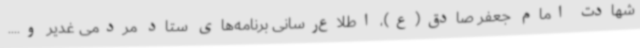
شهادت امام جعفر صادق(ع)، اطلاع‌رسانی برنامه‌های ستاد مردمی غدیر و....